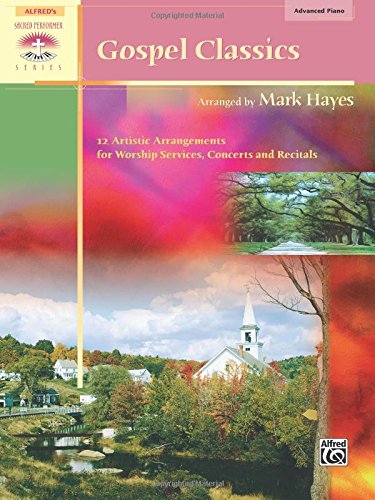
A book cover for Gospel Classics (Sacred Performer Collections); Hayes; Christian Books & Bibles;